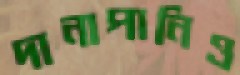
দানাপানিও